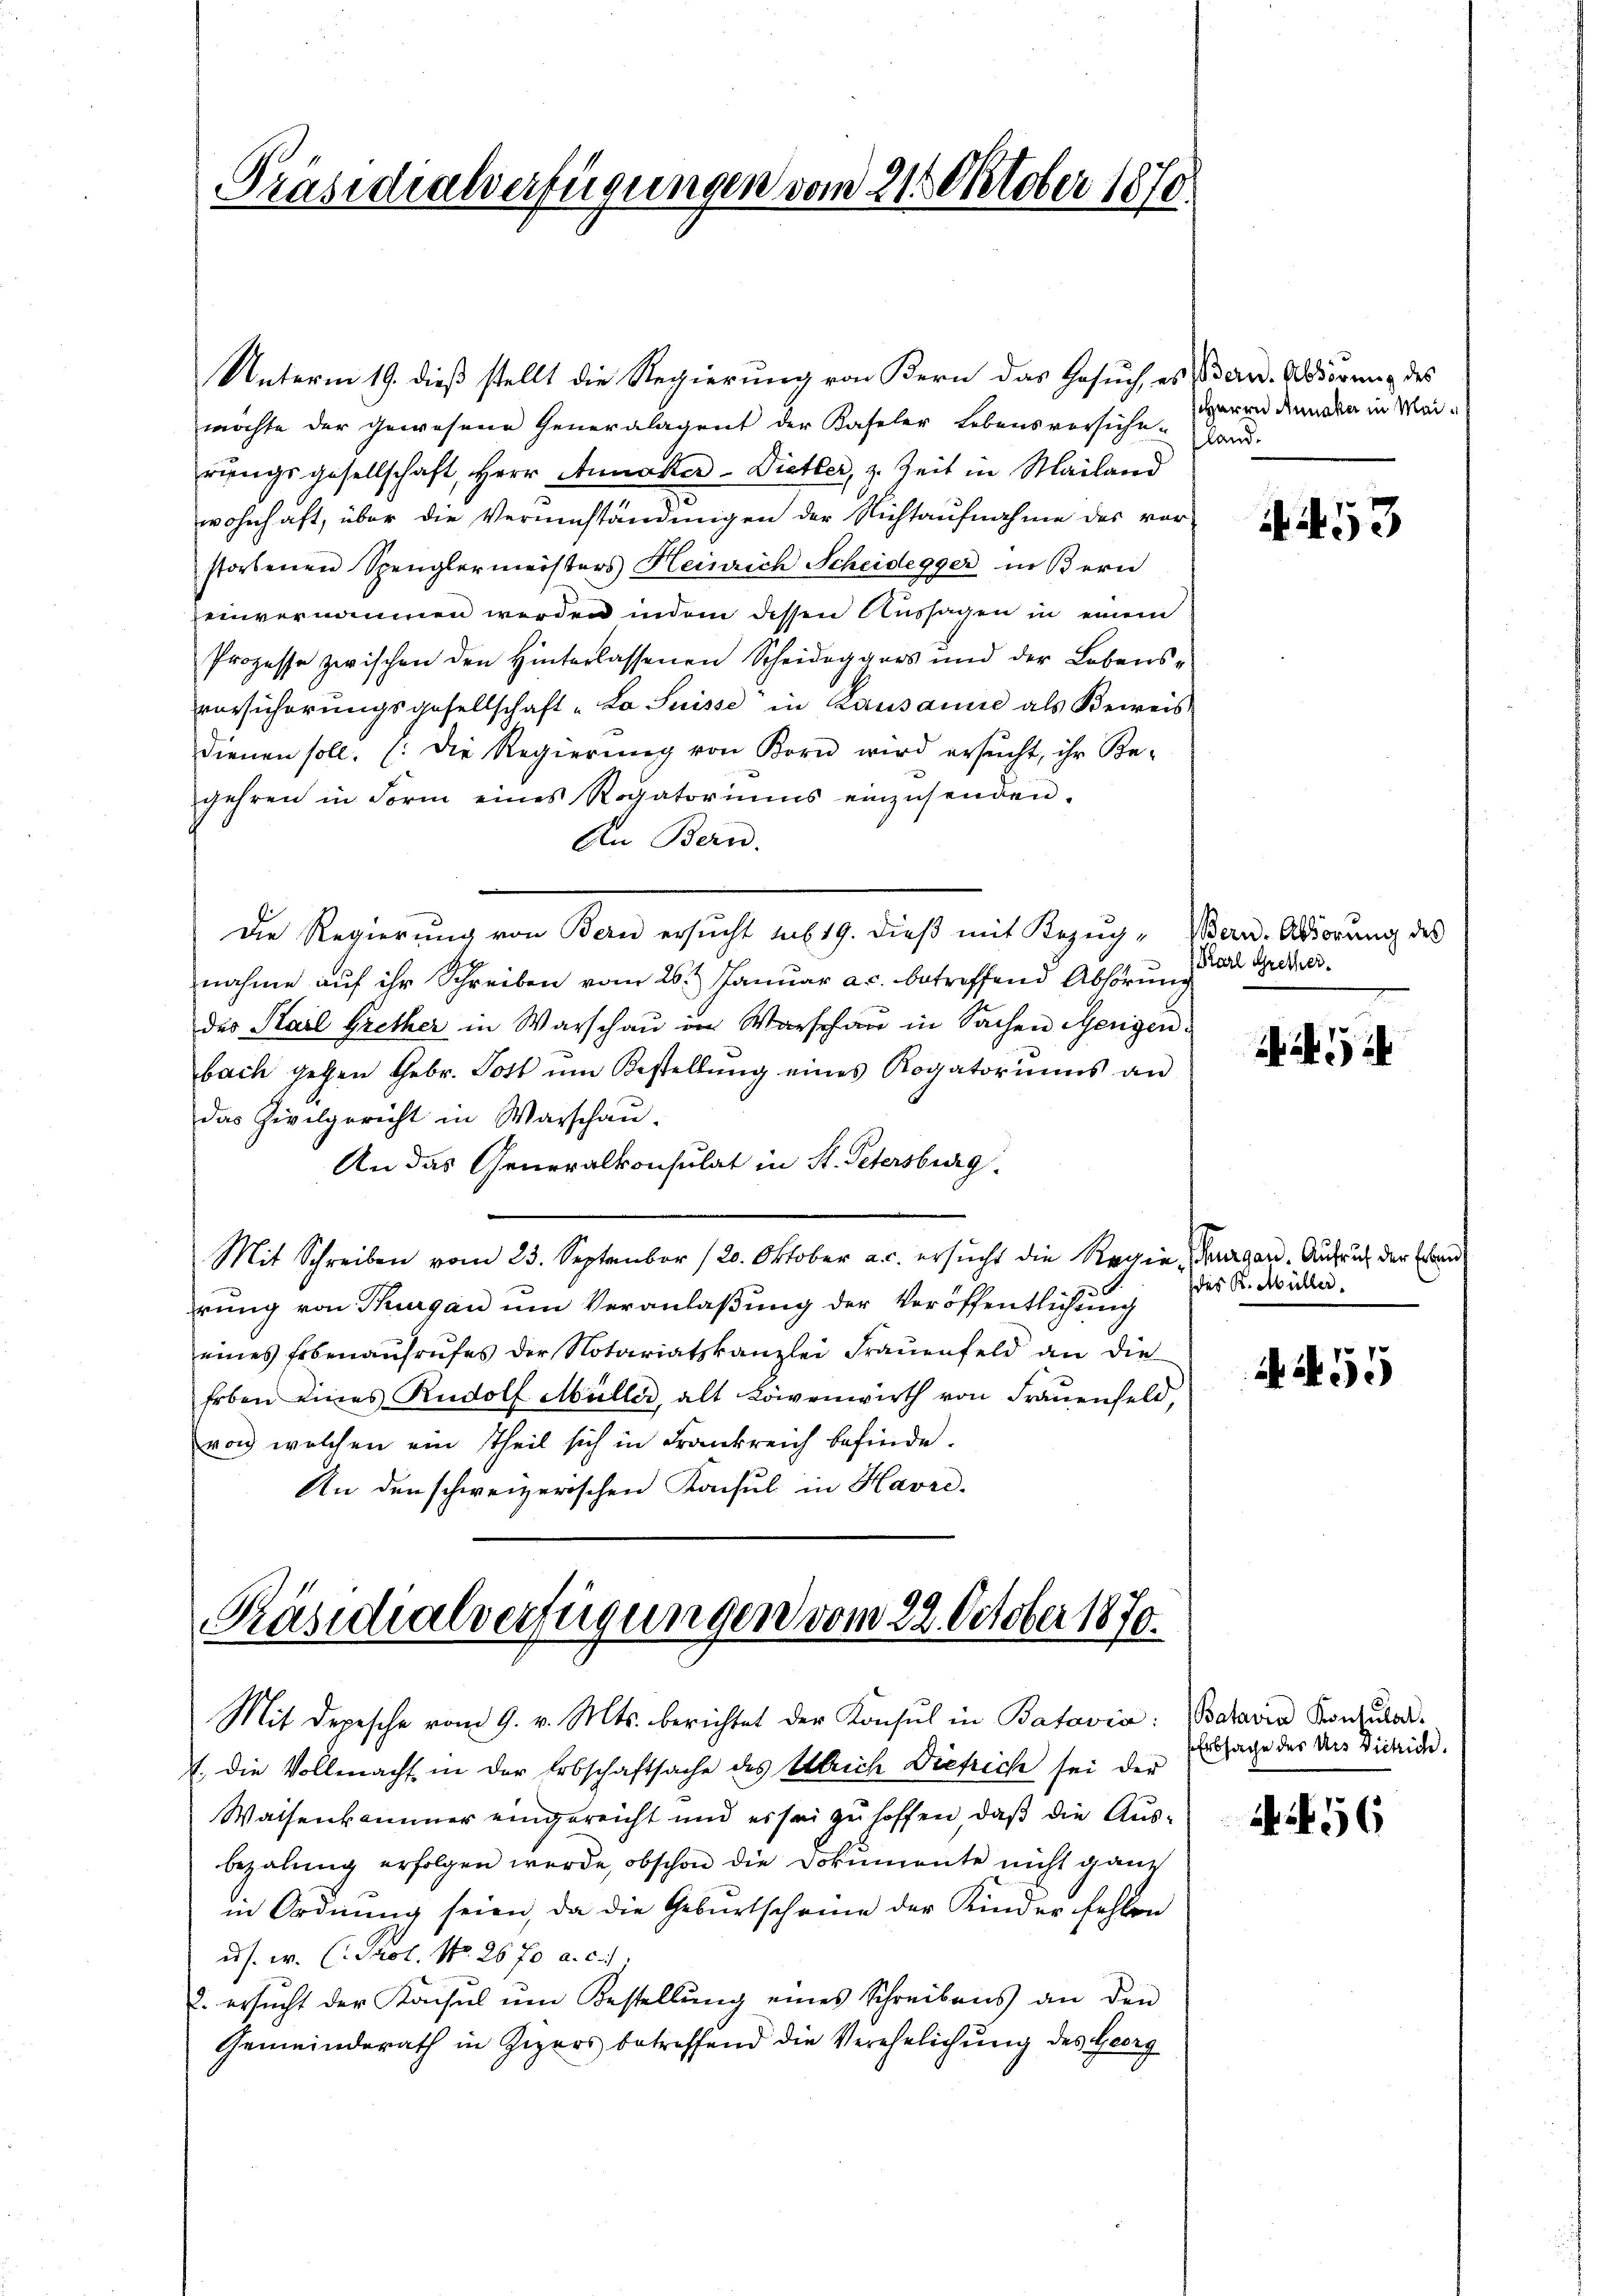
Präsidialverfügungen vom 21. Oktober 1870

Unterm 19. dieß stellt die Regierung von Bern das Gesuch es Bern. Odörung des
möchte der gewesene Generalagent der Kaseler Lebensversiche-par-
rŭngsgesellschaft, Herr Annaker-Dietler, z. Zeit in Mailand
wohnhaft, über die Verumständungen der Nichtaufnahme des vor
storbenen Spenglermeisters Heinrich Scheidegger in Bern
einvernommen werden indem dessen Aussagen in einem
Prozesse zwischen den Hinterlassenen Scheideggers und der Lebens-
vorsicherungsgesellschaft „La Suisse in Lausanne als Beweis
dienen soll. (Die Regierŭng von Korn wird ersŭcht, ihr Be-
gehren in Form eines Rogatoriums einzŭsenden.
An Bern.
Die Regierŭng von Bern ersŭcht sub 19. dieβ mit Bezŭg-Wern-Addörŭng des
nahme auf ihr Schreiben vom 26. Januar a.c. betreffend Abhörung
des Stail Grether in Warschau in Warschau in Sachen Genigenbach gehen Gebr. Post um Bestellŭng eines Rogatoriums an
das Zivilgericht in Warschau.
An das Generalkonsulat in St. Petersburg
Mit Schreiben vom 23. September (20. Oktober a. c. ersucht die Regie, Tauben. Aufruch der Erbande
rung von Thurgau um Veranlaßung der Veröffentlichung
eines Erbenaufrufes der Notariatskanzlei Frauenfeld an die
Erben eines Rudolf Müller, alt Löwenwirth von Frauenfeld,
von welchen ein Theil sich in Frankreich befinde.
An der schweizerischen Konsul in Havre.

Präsidialverfügungen vom 22. October 1870.
Mit Depesche vom 9. v. Mts. berichtet der Konsul in Batavia: (chavia Konsular¬

7. die Vollmacht in der Erbschaftsache des Ulrich Diefrich sei der
Waisenkommer eingereicht und es sei zu hoffen, daß die Ausbezalung erfolgen werde, obschon die Dokumente nicht ganz
in Ordnung seien, da die Geburtscheine der Kinder fehlen
ads. w. (Prol. No. 26 fo a. c.
2. ersŭcht der Konsul ŭm Bestellŭng eines Schreibens an den
Gemeinderath in Zigers betreffend die Verehelichung des Georg

Herrn Annaka in Mei¬

453

Prarl Gretler.

des R. Müller.

A 55

Erbsache des Uns Dickich.

56